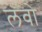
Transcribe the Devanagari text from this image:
लवो